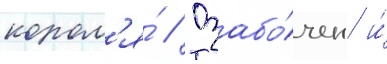
корол'я́ // Озабо́чен и́